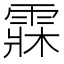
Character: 𩃕